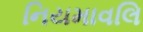
નિયમાવલિ